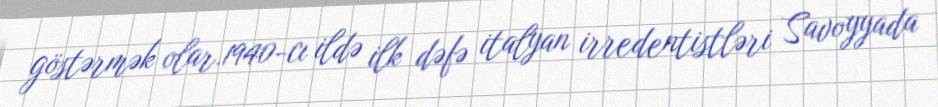
göstərmək olar.1940-cı ildə ilk dəfə italyan irredentistləri Savoyyada